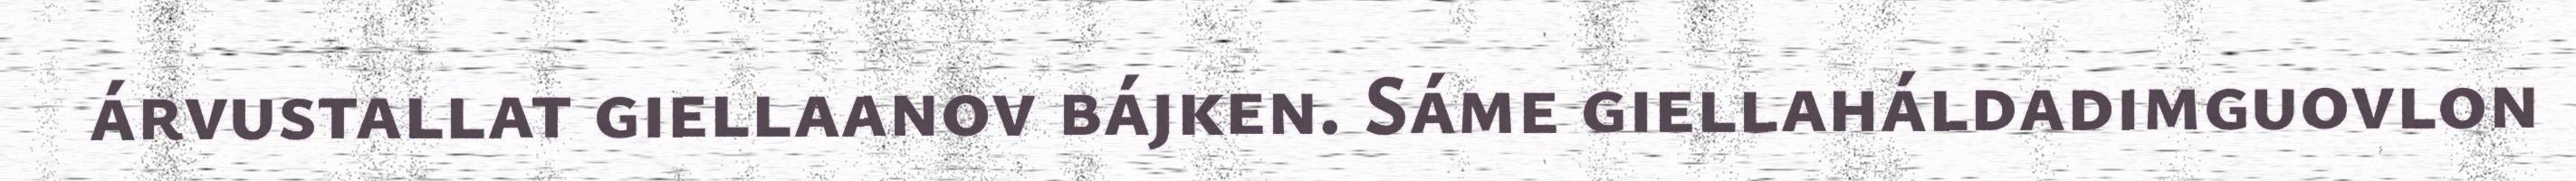
árvustallat giellaanov bájken. Sáme giellaháldadimguovlon